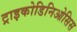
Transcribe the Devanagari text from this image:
ट्राइकोडिनिओसिस